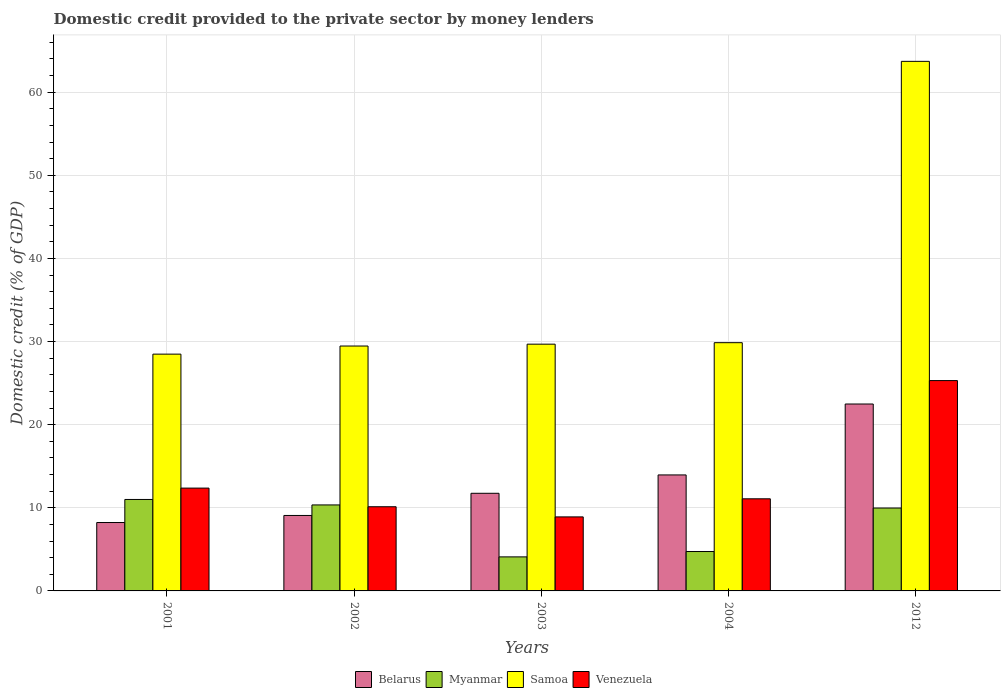
| Years | Belarus | Myanmar | Samoa | Venezuela |
 | --- | --- | --- | --- | --- |
 | 2001 | 8.23 | 11 | 28.5 | 12.4 |
 | 2002 | 9.08 | 10.3 | 29.5 | 10.1 |
 | 2003 | 11.7 | 4.1 | 29.7 | 8.91 |
 | 2004 | 14 | 4.74 | 29.9 | 11.1 |
 | 2012 | 22.5 | 9.97 | 63.7 | 25.3 |